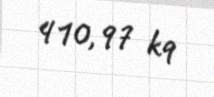
410,97 kq